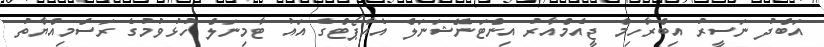
އަބްދު ނަސީރު އިބްރާހިމް ޖީއެމްއާރު އިންޓަނޭޝަނަލް އެއާޕޯޓްގެ އައު ޓާމިނަލް ހުޅުވުމުގެ ރަސްމިއްޔާތު